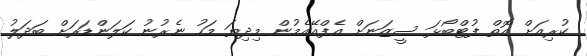
ކުރިއަށް އޮތް ފުޓްބޯޅަ ސީޒަނަށް އެފްއޭއެމުން މިދިޔަ މަހު ނެރުނު ކަލަންޑަރަށް ބަދަލު